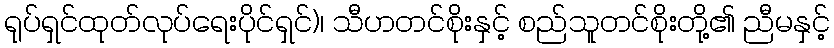
ရုပ်ရှင်ထုတ်လုပ်ရေးပိုင်ရှင်)၊ သီဟတင်စိုးနှင့် စည်သူတင်စိုးတို့၏ ညီမနှင့်